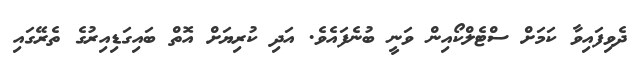
ދެވިފައިވާ ކަމަށް ސްޓެލްކޯއިން ވަނީ ބުނެފައެވެ. އަދި ކުރިޔަށް އޮތް ބައިގަޑިއިރުގެ ތެރޭގައި